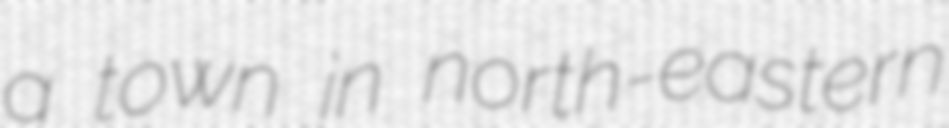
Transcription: a town in north-eastern